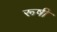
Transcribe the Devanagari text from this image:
रूषी